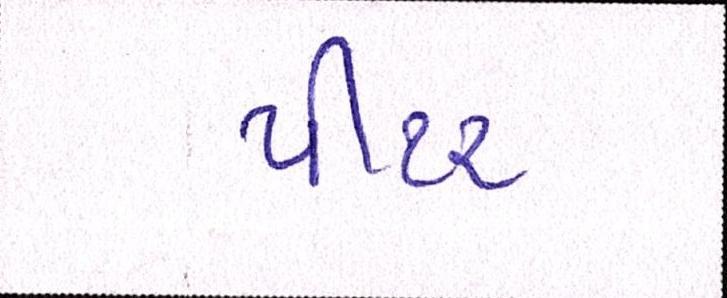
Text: પીટર